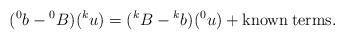
LaTeX: \begin{align*}({^0b}-{^0B})(^ku)=({^kB}-{^kb})(^0u) +\rm {known}\: \rm {terms}.\end{align*}